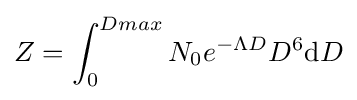
Z=\int _{0}^{Dmax}N_{0}e^{-\Lambda D}D^{6}\mathrm {d} D